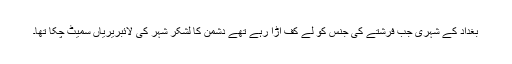
بغداد کے شہری جب فرشتے کی جنس کو لے کف اڑا رہے تھے دشمن کا لشکر شہر کی لائبریریاں سمیٹ چکا تھا۔